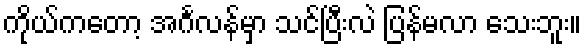
ကိုယ်ကတော့ အင်္ဂလန်မှာ သင်ပြီးလဲ ပြန်မလာ သေးဘူး။